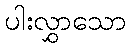
ပါးလွှာသော